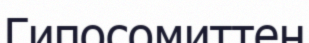
Гипосомиттен